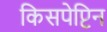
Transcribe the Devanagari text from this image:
किसपेप्टिन